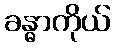
ခန္ဓာကိုယ်